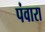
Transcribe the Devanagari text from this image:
पंवारा